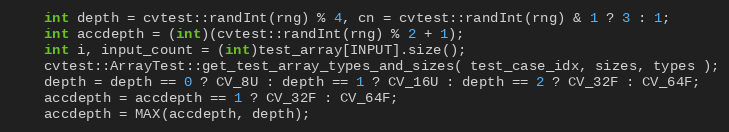
Language: C++
    int depth = cvtest::randInt(rng) % 4, cn = cvtest::randInt(rng) & 1 ? 3 : 1;
    int accdepth = (int)(cvtest::randInt(rng) % 2 + 1);
    int i, input_count = (int)test_array[INPUT].size();
    cvtest::ArrayTest::get_test_array_types_and_sizes( test_case_idx, sizes, types );
    depth = depth == 0 ? CV_8U : depth == 1 ? CV_16U : depth == 2 ? CV_32F : CV_64F;
    accdepth = accdepth == 1 ? CV_32F : CV_64F;
    accdepth = MAX(accdepth, depth);